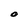
Character: O